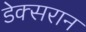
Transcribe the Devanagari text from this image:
डेक्सरान